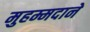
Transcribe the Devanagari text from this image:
मुहम्मदाने